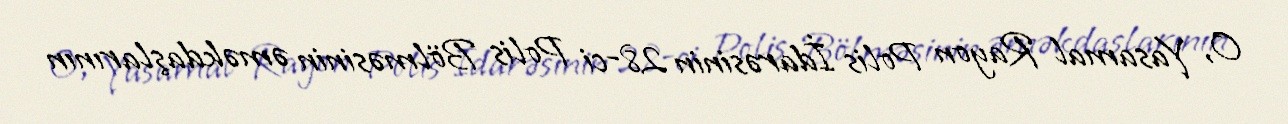
O, Yasamal Rayon Polis İdarəsinin 28-ci Polis Bölməsinin əməkdaşlarının